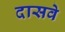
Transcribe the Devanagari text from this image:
दासवे